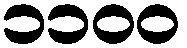
၁၁၀၀